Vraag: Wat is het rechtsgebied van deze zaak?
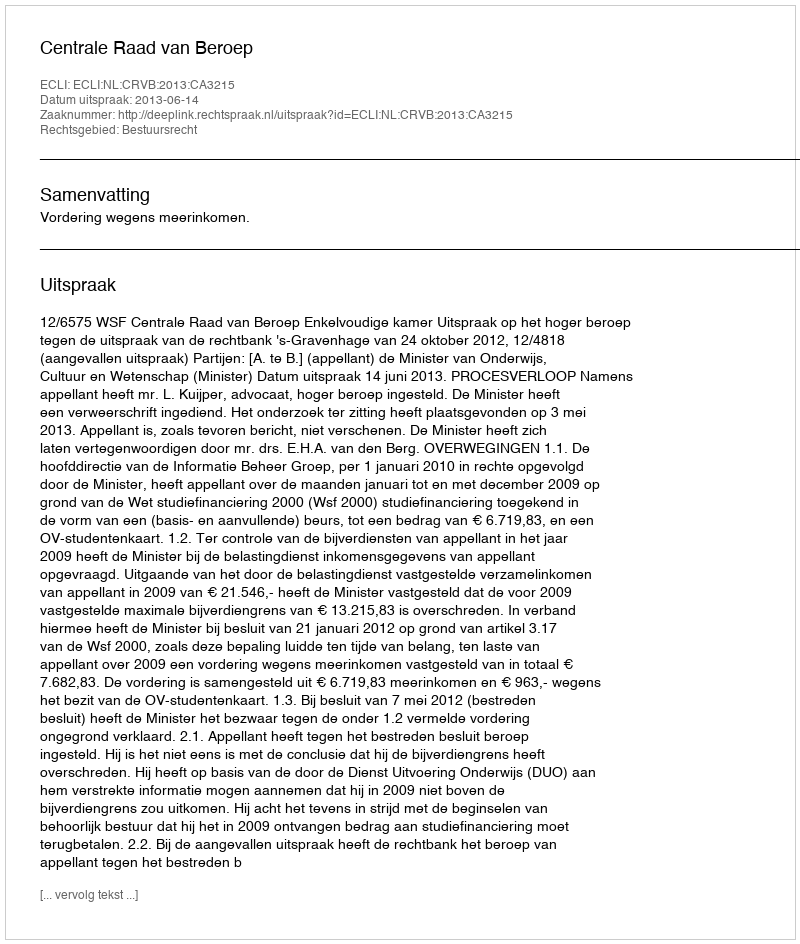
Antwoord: Bestuursrecht